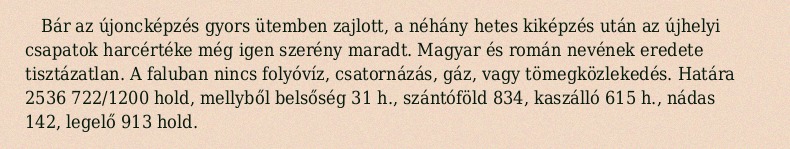
Bár az újoncképzés gyors ütemben zajlott, a néhány hetes kiképzés után az újhelyi csapatok harcértéke még igen szerény maradt. Magyar és román nevének eredete tisztázatlan. A faluban nincs folyóvíz, csatornázás, gáz, vagy tömegközlekedés. Határa 2536 722/1200 hold, mellyből belsőség 31 h., szántóföld 834, kaszálló 615 h., nádas 142, legelő 913 hold.